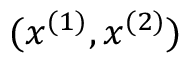
( x ^ { ( 1 ) } , x ^ { ( 2 ) } )